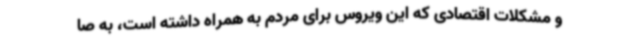
و مشکلات اقتصادی که این ویروس برای مردم به همراه داشته است، به صا